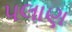
પલાણ